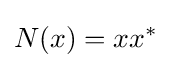
N(x)=xx^{*}